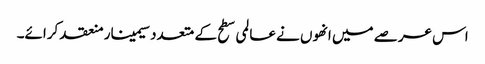
اس عرصے میں انھوں نے عالمی سطح کے متعدد سیمینار منعقد کرائے۔